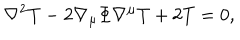
LaTeX: \nabla ^ { 2 } T - 2 \nabla _ { \mu } \Phi \nabla ^ { \mu } T + 2 T = 0 ,